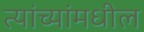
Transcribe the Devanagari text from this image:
त्यांच्यांमधील